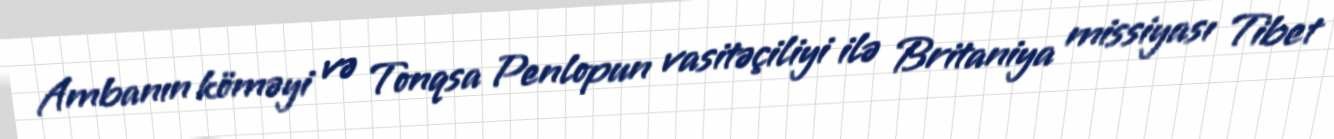
Ambanın köməyi və Tonqsa Penlopun vasitəçiliyi ilə Britaniya missiyası Tibet